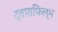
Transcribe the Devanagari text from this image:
द्वाराफिल्म